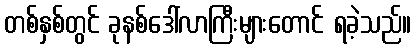
တစ်နှစ်တွင် ခုနစ်ဒေါ်လာကြီးများတောင် ရခဲ့သည်။